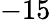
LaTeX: -15